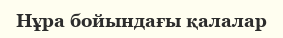
Нұра бойындағы қалалар